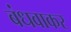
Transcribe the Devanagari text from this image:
बंधवाकर